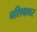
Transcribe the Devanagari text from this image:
नशिबावर